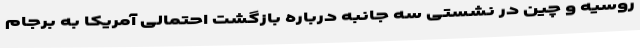
روسیه و چین در نشستی سه جانبه درباره بازگشت احتمالی آمریکا به برجام